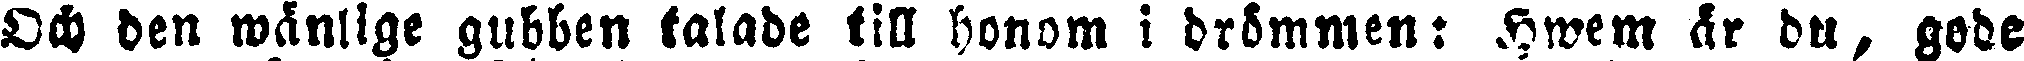
Och den wänllge gubben talade till honom i drömmen: Hwem är du, gode